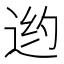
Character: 𲅙